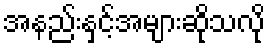
အနည်းနှင့်အများဆိုသလို